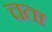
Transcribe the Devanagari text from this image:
चता